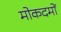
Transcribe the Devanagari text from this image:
मोकदमों